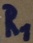
Text: R1